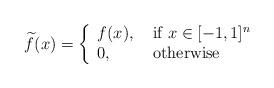
LaTeX: \begin{gather*} \widetilde{f}(x) = \left\{ \begin{array}{ll} f(x), & \mbox{ if } x \in [-1,1]^{n} \\ 0, & \mbox{ otherwise} \end{array} \right.\end{gather*}